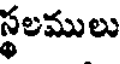
స్థలములు